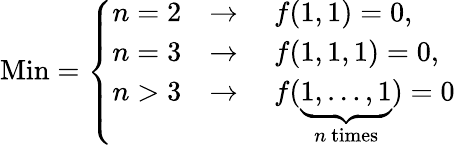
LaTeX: {\mathrm{Min}}={\left\{ \begin{array}{ll}{n=2}&{\rightarrow\quad f(1,1)=0,}\\ {n=3}&{\rightarrow\quad f(1,1,1)=0,}\\ {n>3}&{\rightarrow\quad f(\underbrace{1,\dots,1}_{n{\mathrm{~times}}})=0}\end{array}\right.}